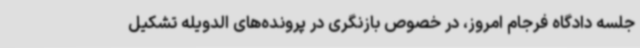
جلسه دادگاه فرجام امروز، در خصوص بازنگری در پرونده‌های الدویله تشکیل